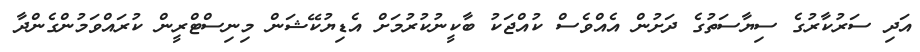
އަދި ސަރުކާރުގެ ސިޔާސަތުގެ ދަށުން އެއްވެސް ކުއްޖަކު ބާކީނުކުރުމަށް އެޑިޔުކޭޝަން މިނިސްޓްރީން ކުރައްވަމުންގެންދާ